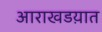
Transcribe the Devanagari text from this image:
आराखडय़ात